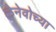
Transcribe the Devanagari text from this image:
लेनेवोच्या